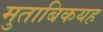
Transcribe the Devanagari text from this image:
मुताबिकयह